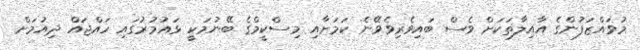
މުވައްޒަފުންގެ އާއިލާތަކަށް ވެސް ބައިވެރިވެވޭނެ ކަމަށާއި މިސްކީމްގެ ބޭނުމަކީ ޅައުމުރުގައި ހައްޖައް ދިއުމަށް